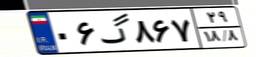
۰۶گ۸۶۷۲۹